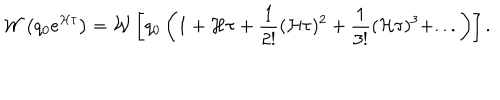
LaTeX: { \cal W } \left( q _ { 0 } e ^ { { \cal H } \tau } \right) = { \cal W } \left[ q _ { 0 } \left( 1 + { { \cal H } \tau } + { \frac { 1 } { 2 ! } } ( { \cal H } \tau ) ^ { 2 } + { \frac { 1 } { 3 ! } } ( { \cal H } \tau ) ^ { 3 } + . . . \right) \right] .